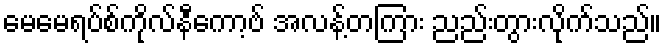
မေမေရပ်စ်ကိုလ်နီကော့ဗ် အလန့်တကြား ညည်းတွားလိုက်သည်။